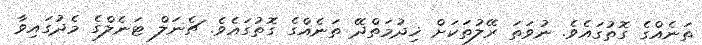
ތަނެއްގެ ގޮތުގައެވެ. ނުވަަތަ ރޭލުތަކަށް ޚިދުމަތްދޭ ތަނެއްގެ ގޮތުގައެވެ. ޗެނަލް ޓަނެލްގެ މެދުގައިވާ